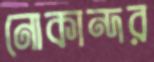
নোকান্দর